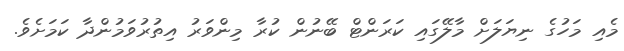
މެއި މަހުގެ ނިޔަލަށް މާލޭގައި ކަރަންޓް ބޭނުން ކުރާ މިންވަރު އިތުރުވަމުންދާ ކަމަށެވެ.